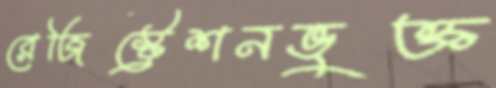
রেজিস্ট্রেশনভুক্ত